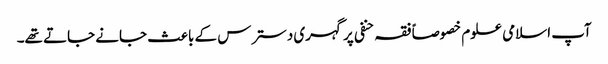
آپ اسلامی علوم خصوصاً فقہ حنفی پر گہری دسترس کے باعث جانے جاتے تھے۔